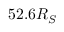
5 2 . 6 R _ { S }